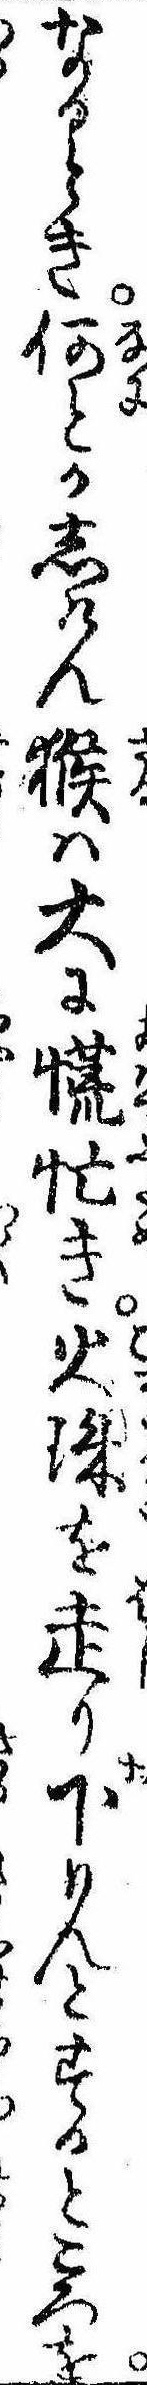
なるとき何とかしけん猴は大に慌忙き火珠を走り下りんとするところを